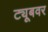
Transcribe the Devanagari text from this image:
ट्यूबवर